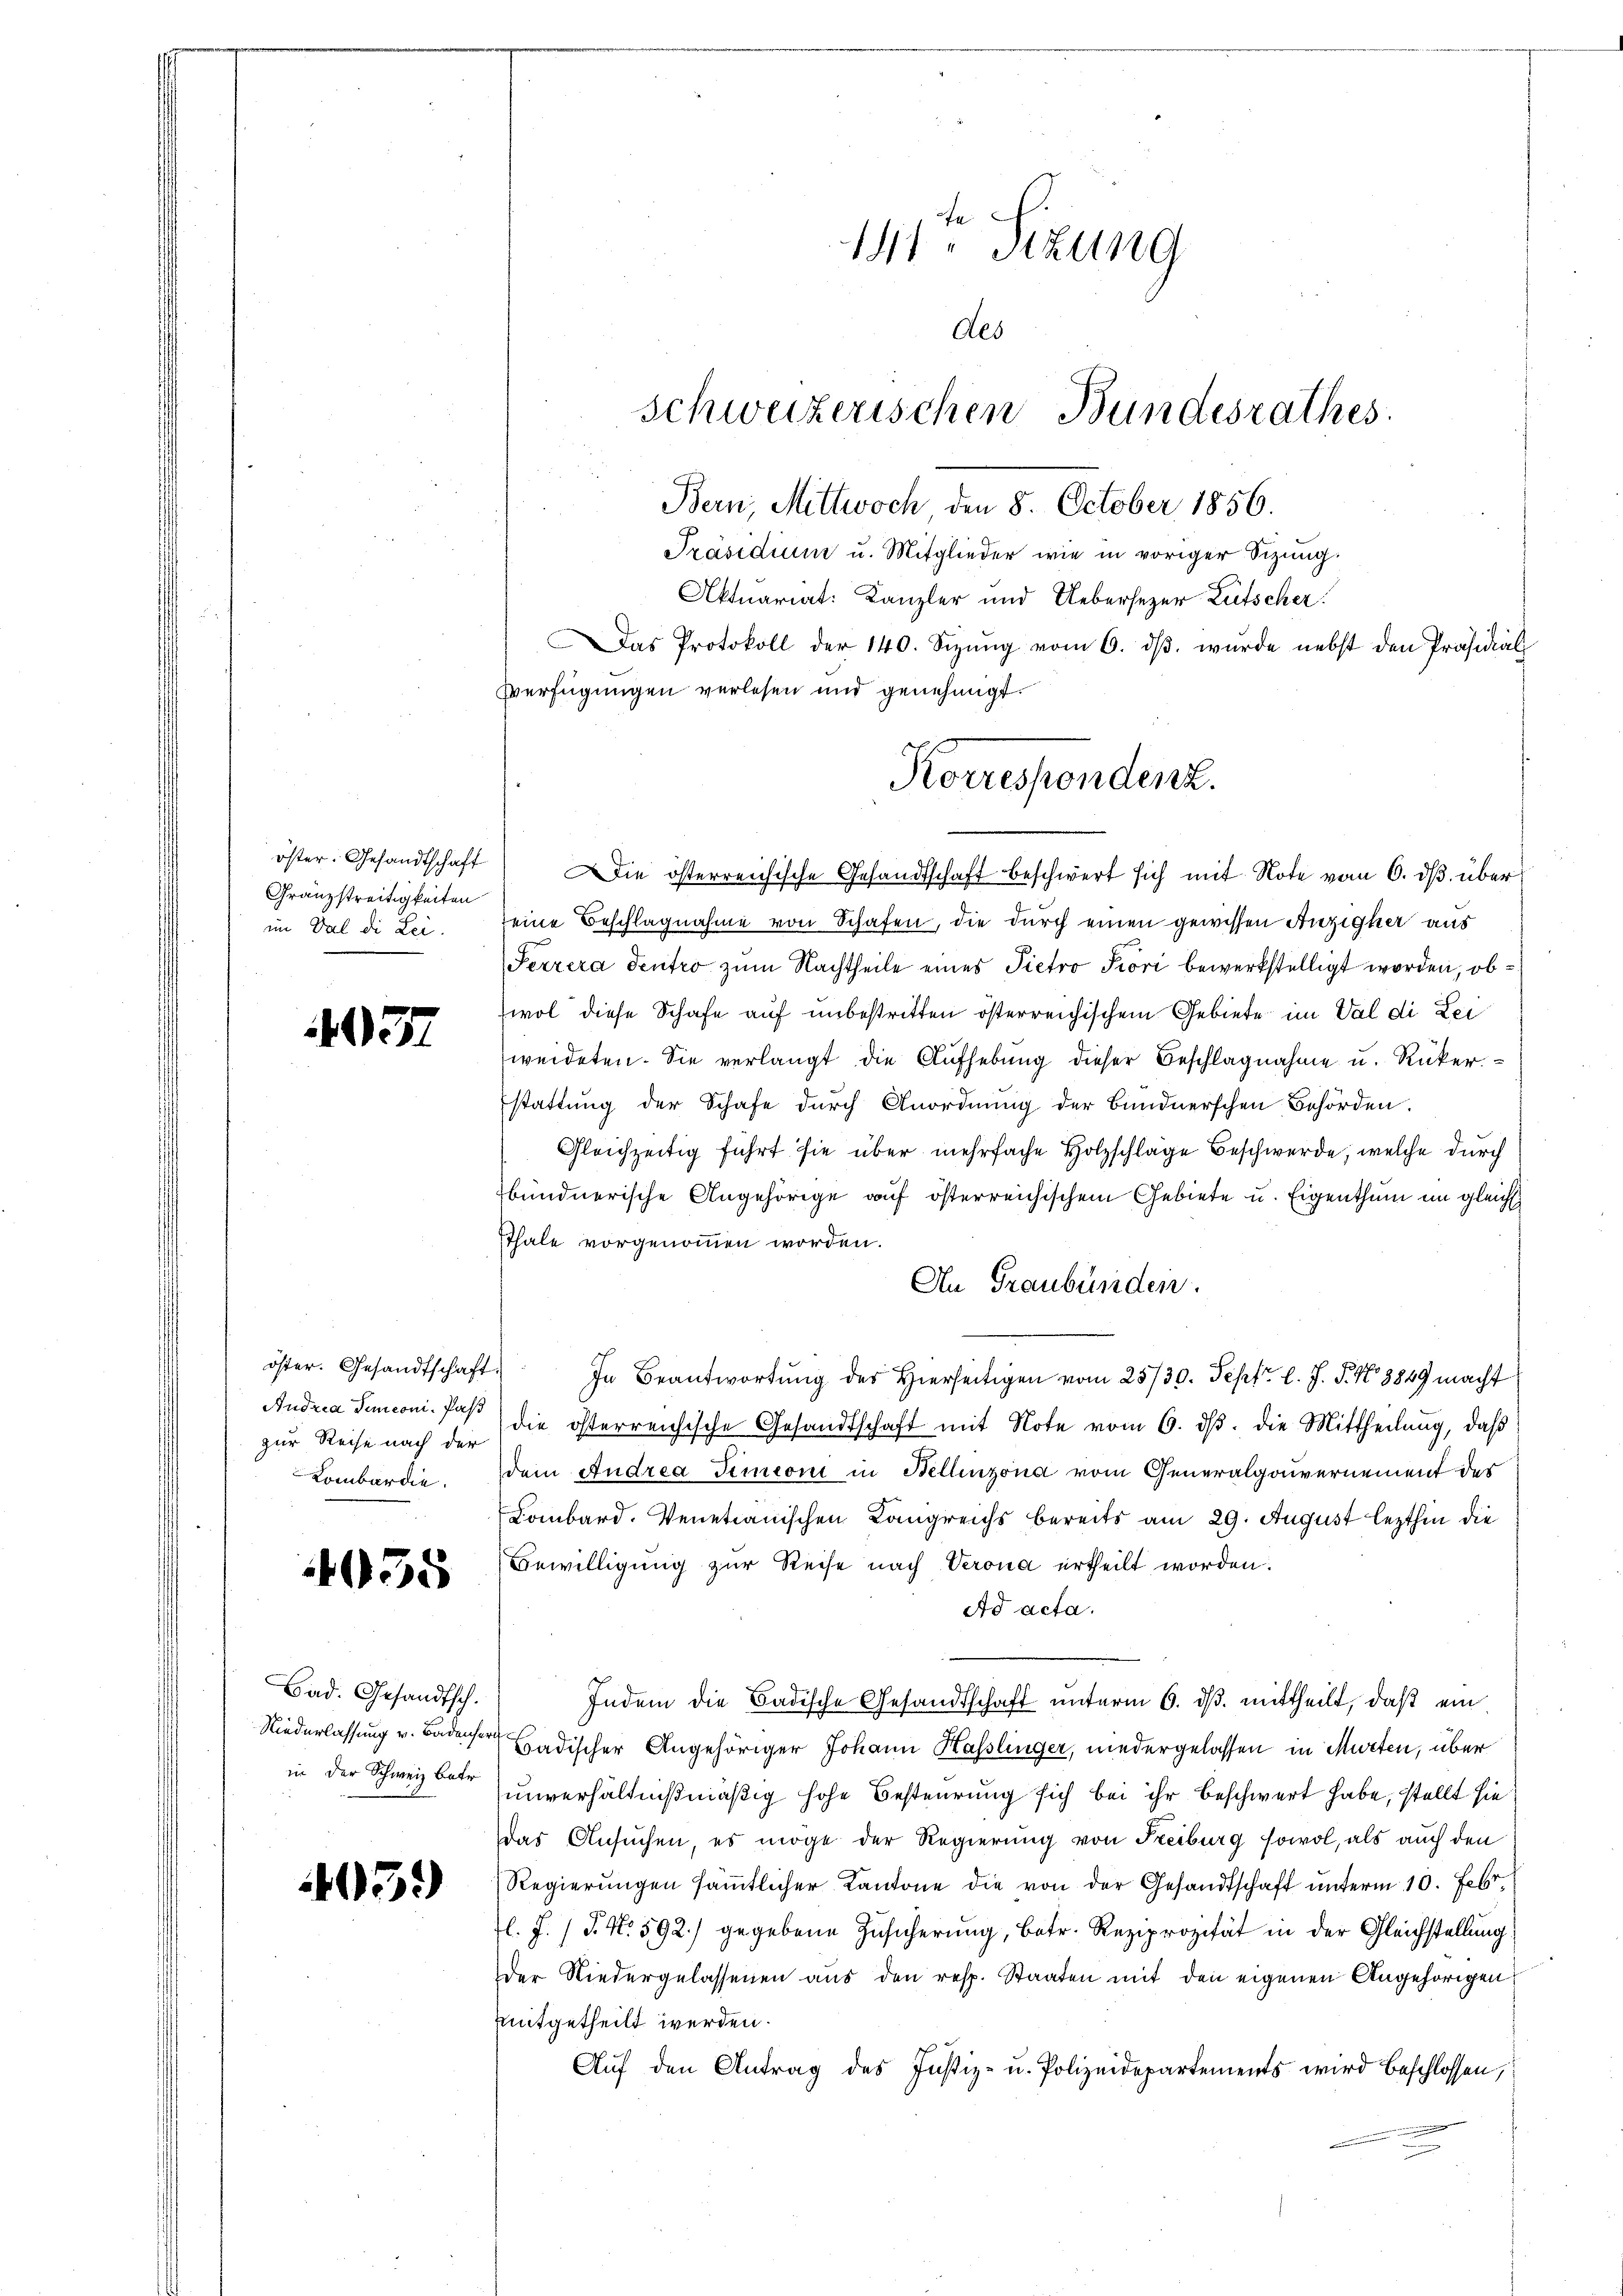
öster: Gesandtschaft
Granzstreitigkeiten
im Val di Lei

4037

öster. Gesandtschaft.
Andria Simeoni, Pas
zur Reise nach der
Lombardie

055

Bad. Gesandtsch.
Niederlassung v. Badensern
in der Schweiz betr

35)

fe
11 Stzung
Aes
schweizerischen Bundesrathes.
Bern, Mittwoch den 8. October 1856.
Präsidium u. Mitglieder wie in voriger Sizung.

Aktuariat: Kanzler und Uebersezer Lütscher
as Protokoll der 140. Sizŭng vom 6. dβ. wurde nebst den Präsidial
Verfügungen verlesen und genehmigt.

Korrespondenz.

Die österreichische Gesandtschaft beschwert sich mit Note vom 6. dβ über
seine Beschlagnahme von Schafen, die durch einen gewissen Anziger aus
Perzera Sentro zum Nachtheile eines Pietro Piori bewerkstelligt worden, obwol diese Schafe auf unbestritten österreichischem Gebiete im Val di Lei
weideten. Sie verlangt die Aufhebung dieser Beschlagnahme u. Rucker.
stattung der Schafe durch Anordnung der Bündnerschen Behörden.
Gleichzeitig führt sie über mehrfache Holzschlage Beschwerde, welche durch
bundnerische Angehörige auf österreichischem Gebiete u. Eigenthum im gleich
sthale vorgenommen worden.
An Graubünden.
In Beantwortung des Hierseitigen vom 25/30. Sept. l. J. P. No 3849 macht
die österreichische Gesandtschaft mit Note vom 6. ds. die Mittheilung, daß
dem Andrea Simeoni in Bellinzona vom Generalgouvernement des
Lombard. Venetianischen Langreichs bereits am 29. August lezthin die
Bewilligung zur Reise nach Verona ertheilt worden.
Ad acta.
Indem die Badische Gesandtschaft unterm 6. ds. mittheilt, daß ein
Badischer Angehöriger Johann Kasslinger, niedergelassen in Murten, über
unverhältnißmäßig hohe Besteurung sich bei ihr beschwert habe, stellt sie
das Ansuchen es möge der Regierung von Freiburg sowol, als auch den
Regierŭngen säṁtlicher Kantone die von der Gesandtschaft unterm 10. Febr.
l. J. (T. No. 592) gegebene Zusicherung, betr. Reziprozität in der Gleichstellung
der Niedergelassenen aus den resp. Staaten mit den eigenen Angehörigen
mitgetheilt werden.
Auf den Antrag des Justiz- u. Polizeidepartements wird beschlossen,